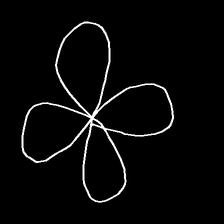
Glyph: billowing